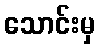
သောင်းမှ